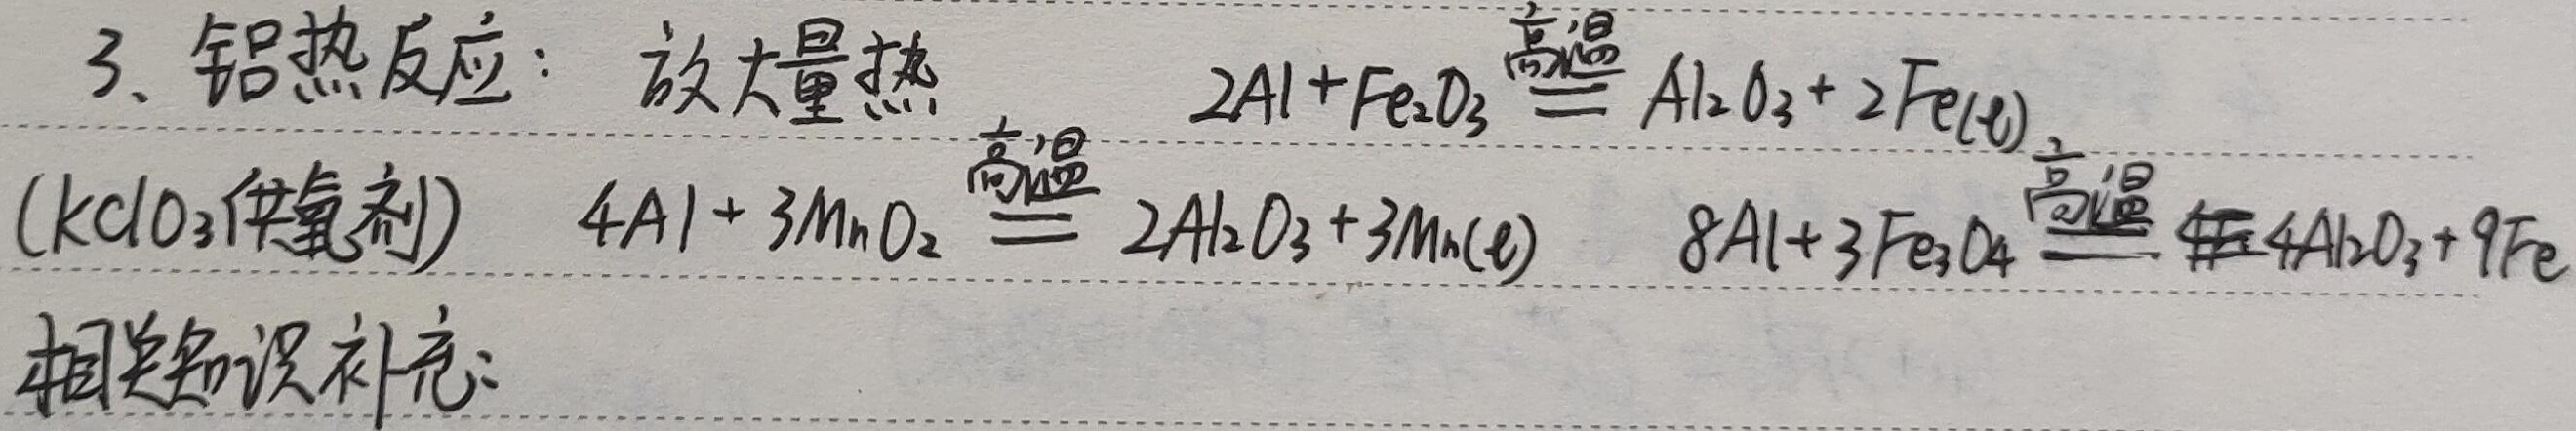
3. 铝热反应： 放大量热\((KClO_{3}\)供氧剂\()\)
\(2Al + Fe_{2}O_{3}\xlongequal{高温}Al_{2}O_{3}+2Fe(s)\)
\(4Al + 3MnO_{2}\xlongequal{高温}2Al_{2}O_{3}+3Mn(s)\)
\(8Al + 3Fe_{3}O_{4}\xlongequal{高温}4Al_{2}O_{3}+9Fe\)
相关知识补充：